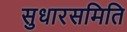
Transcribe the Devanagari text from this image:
सुधारसमिति